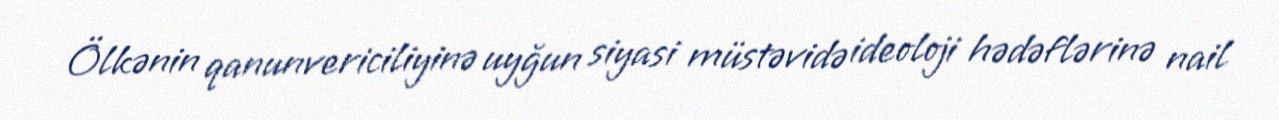
Ölkənin qanunvericiliyinə uyğun siyasi müstəvidə ideoloji hədəflərinə nail